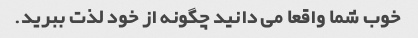
خوب شما واقعا می دانید چگونه از خود لذت ببرید.